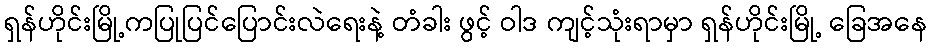
ရှန်ဟိုင်းမြို့ကပြုပြင်ပြောင်းလဲရေးနဲ့ တံခါး ဖွင့် ဝါဒ ကျင့်သုံးရာမှာ ရှန်ဟိုင်းမြို့ ခြေအနေ